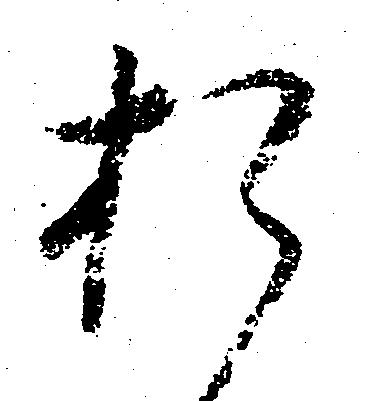
お